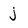
Character: j